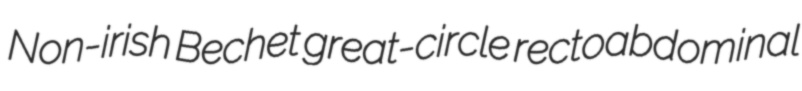
Non-irish Bechet great-circle rectoabdominal